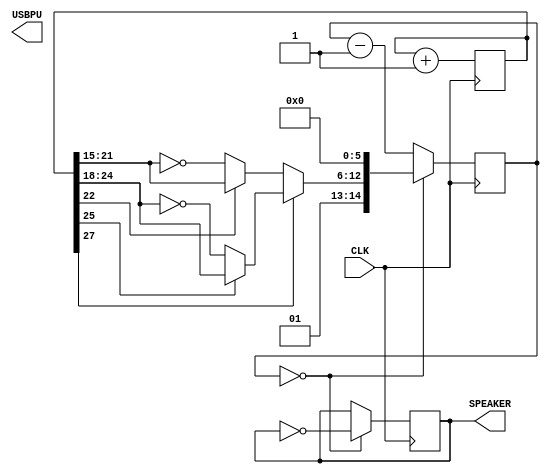
module music (
    input CLK,    // 16MHz clock
    output USBPU,  // USB pull-up resistor
    output SPEAKER   // use beep, // output PIN_1
);
    // parameter CLKDIVIDER = 16000000/440/2;

    reg[27:0] tone;
    always @(posedge CLK) begin
        tone <= tone+1;
    end

    wire[6:0] fastsweep = (tone[22] ? tone[21:15] : ~tone[21:15]);
    wire[6:0] slowsweep = (tone[25] ? tone[24:18] : ~tone[24:18]);
    wire[14:0] clkdivider = {2'b01, (tone[27] ? slowsweep : fastsweep), 6'b000000};

    reg[14:0] counter;
    always @(posedge CLK) begin
        if(counter==0) begin
            counter <= clkdivider;
        end
        else begin
            counter <= counter-1;
        end
    end

    reg SPEAKER;
    always @(posedge CLK) begin
        if(counter==0) begin
            SPEAKER <= ~SPEAKER;
        end
    end 

endmodule